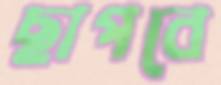
ছাপবে